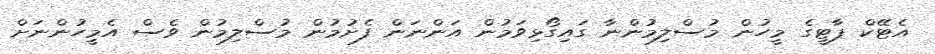
އެޓޭކް ޕާޓީގެ މީހުން މުސްލިމުންނާ ގައިގޯޅިވަމުން އަންނަން ފެށުމުން މުސްލިމުން ވެސް އެމީހުންނަށް